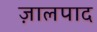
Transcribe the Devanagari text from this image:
ज़ालपाद